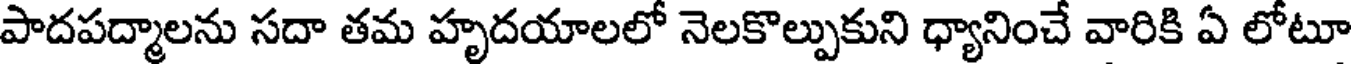
పాదపద్మాలను సదా తమ హృదయాలలో నెలకొల్పుకుని ధ్యానించే వారికి ఏ లోటూ